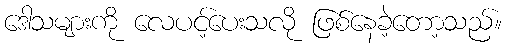
ဒေါသများကို လေပင့်ပေးသလို ဖြစ်နေခဲ့တော့သည်။